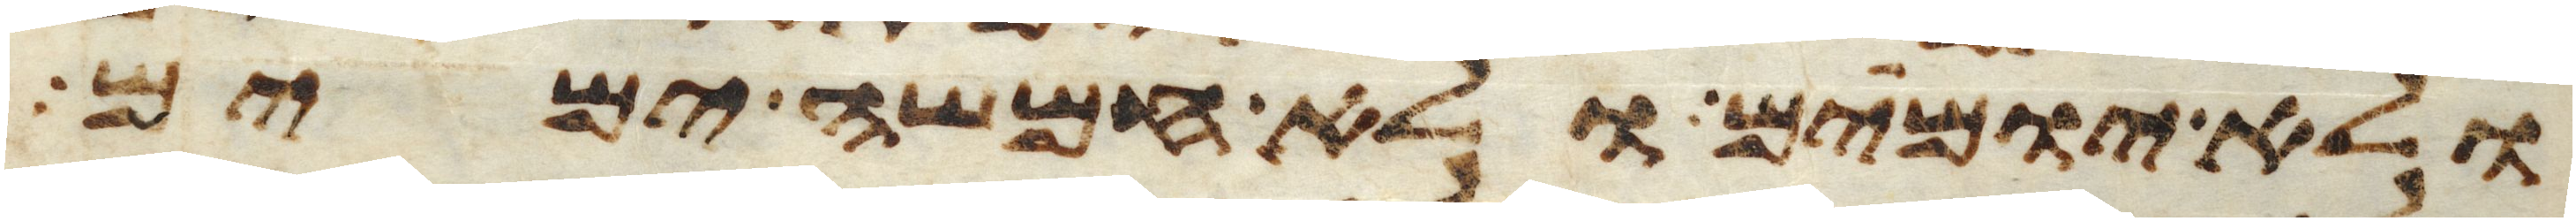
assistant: ולא יומים ולא חמשה ימים